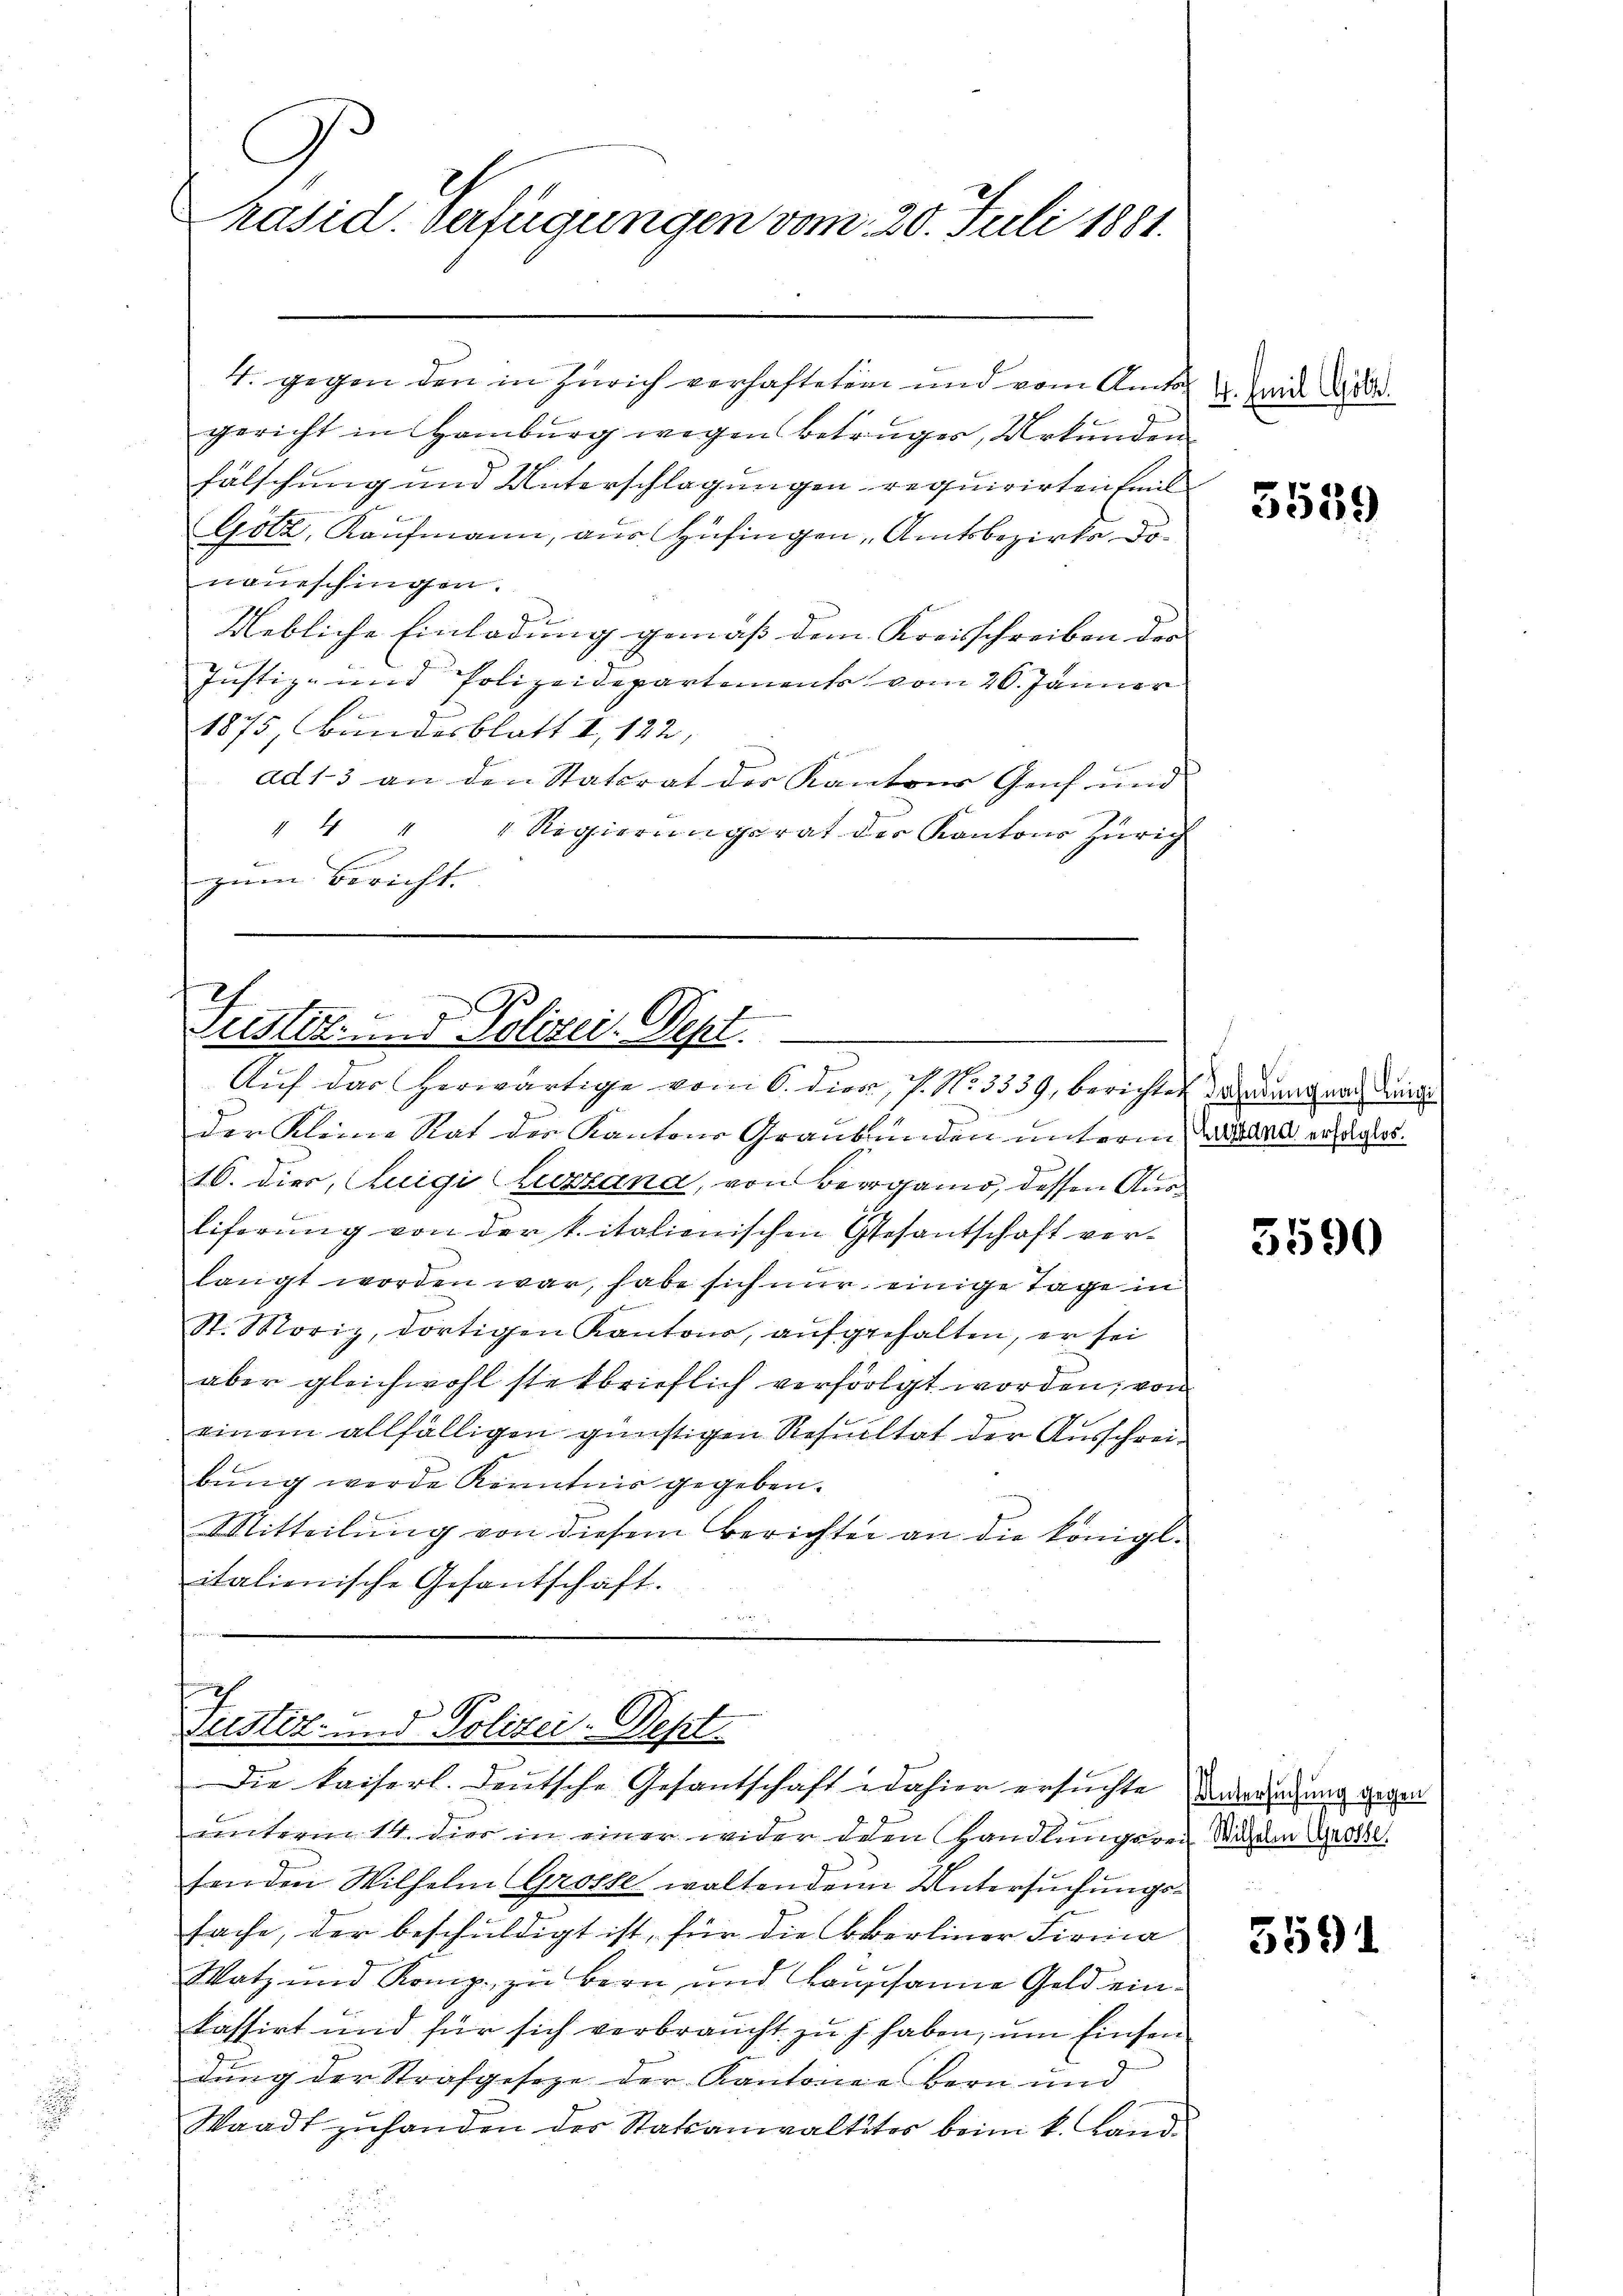
C
räsid. Verfügungen vom 20. Juli 1881.

4. gegen den in Zürich verhafteten und vom Amtsgericht in Hamburg wegen Betruges, Urkunden
fälschung und Unterschlagungen requirirten Emil
Götz, Kaufmann, aus Hüfingen Amtsbezirke do
naueschingen.
Uebliche Einladung gemäß dem Kreisschreiben des |
Justiz- und Polizeidepartements vom 26. Jänner
1875 Bundesblatt u. 122,
ad13 an den Statsrat der Kantons Genf und
" 4 " " Regierungsrat der Kantons Zürich
zum Bericht.

1.
Siedlet, und Polizei. Sept.
Auf das herwärtige vom 6. dien, P. Nr. 3339, berichtes andant nach Leide

der Kleine Rat der Kantons Graubünden unterm Fall erhagert.
16. dies, Luigi (Luzzana, von Bergano, dessen Ausliferung von der k. italienischen Gesantschaft verlangt worden war, habe sich nur einige Tage in
St. Moriz, dortigen Kantons, aufgehalten, er sei
aber gleichwohl steckbrieflich verfolgt worden; von
einem allfälligen günstigen Resultat der Ausschreibung werde Kenntnis gegeben.
Mitteilŭng von diesem Berichter an die königl.
italienische Gesantschaft.

n
Tustiz- und Polizei-Dept.
Die Kaiserl. Deutsche Gesantschaft dahier ersuchte Anwendung gegen

unterm 14. dies in einer wider den Handlungsrei Wigem Groll.
fenden Wilhelm Grosse waltenden Untersuchungssache, der beschuldigt ist, für die Oberliner Firma
Watz und Komp. zu Bern und Lausanne Geld einkassirt und für sich verbraucht zu h. haben, um Einsen
dung der Strafgesetze der Kantonen Bern und
Waadt zuhanden des Statsanwaltster beim k. Land

4. Emil Gölz

5539

5590

5591